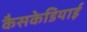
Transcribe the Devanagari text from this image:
कैसकेडियाई